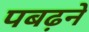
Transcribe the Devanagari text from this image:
पबढ़ने